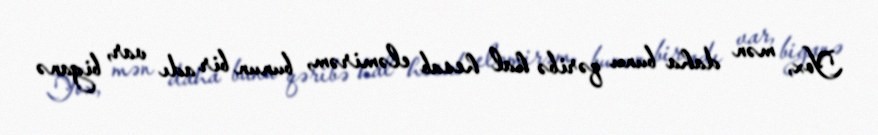
Yox, mən daha bunu qəribə hal hesab eləmirəm, bunun bir adı var, biganə